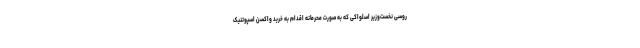
روسی نخست‌وزیر اسلواکی که به صورت محرمانه اقدام به خرید واکسن اسپوتنیک